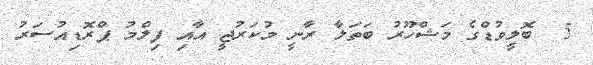
5  ބޮލީވުޑްގެ މަޝްހޫރު ބަތަލާ ރާނީ މުކަރުޖީ އާއި ފިލްމު ޕްރޮޑިއުސަރު